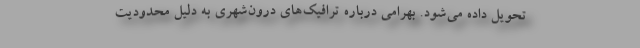
تحویل داده می‌شود. بهرامی درباره ترافیک‌های درون‌شهری به دلیل محدودیت